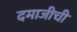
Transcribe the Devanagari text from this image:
दमाजीची